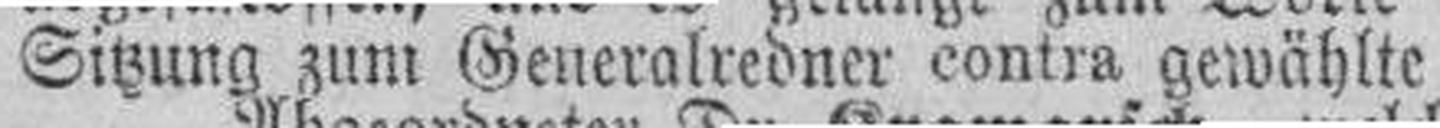
Sitzung zum Generalredner contra gewählte